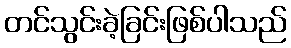
တင်သွင်းခဲ့ခြင်းဖြစ်ပါသည်